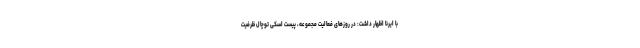
با ایرنا اظهار داشت: در روزهای فعالیت مجموعه، پیست اسکی توچال ظرفیت